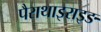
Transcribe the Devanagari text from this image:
पैराथाइराइङ